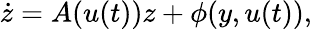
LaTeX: {\dot{z}}=A(u(t))z+\phi(y,u(t)),